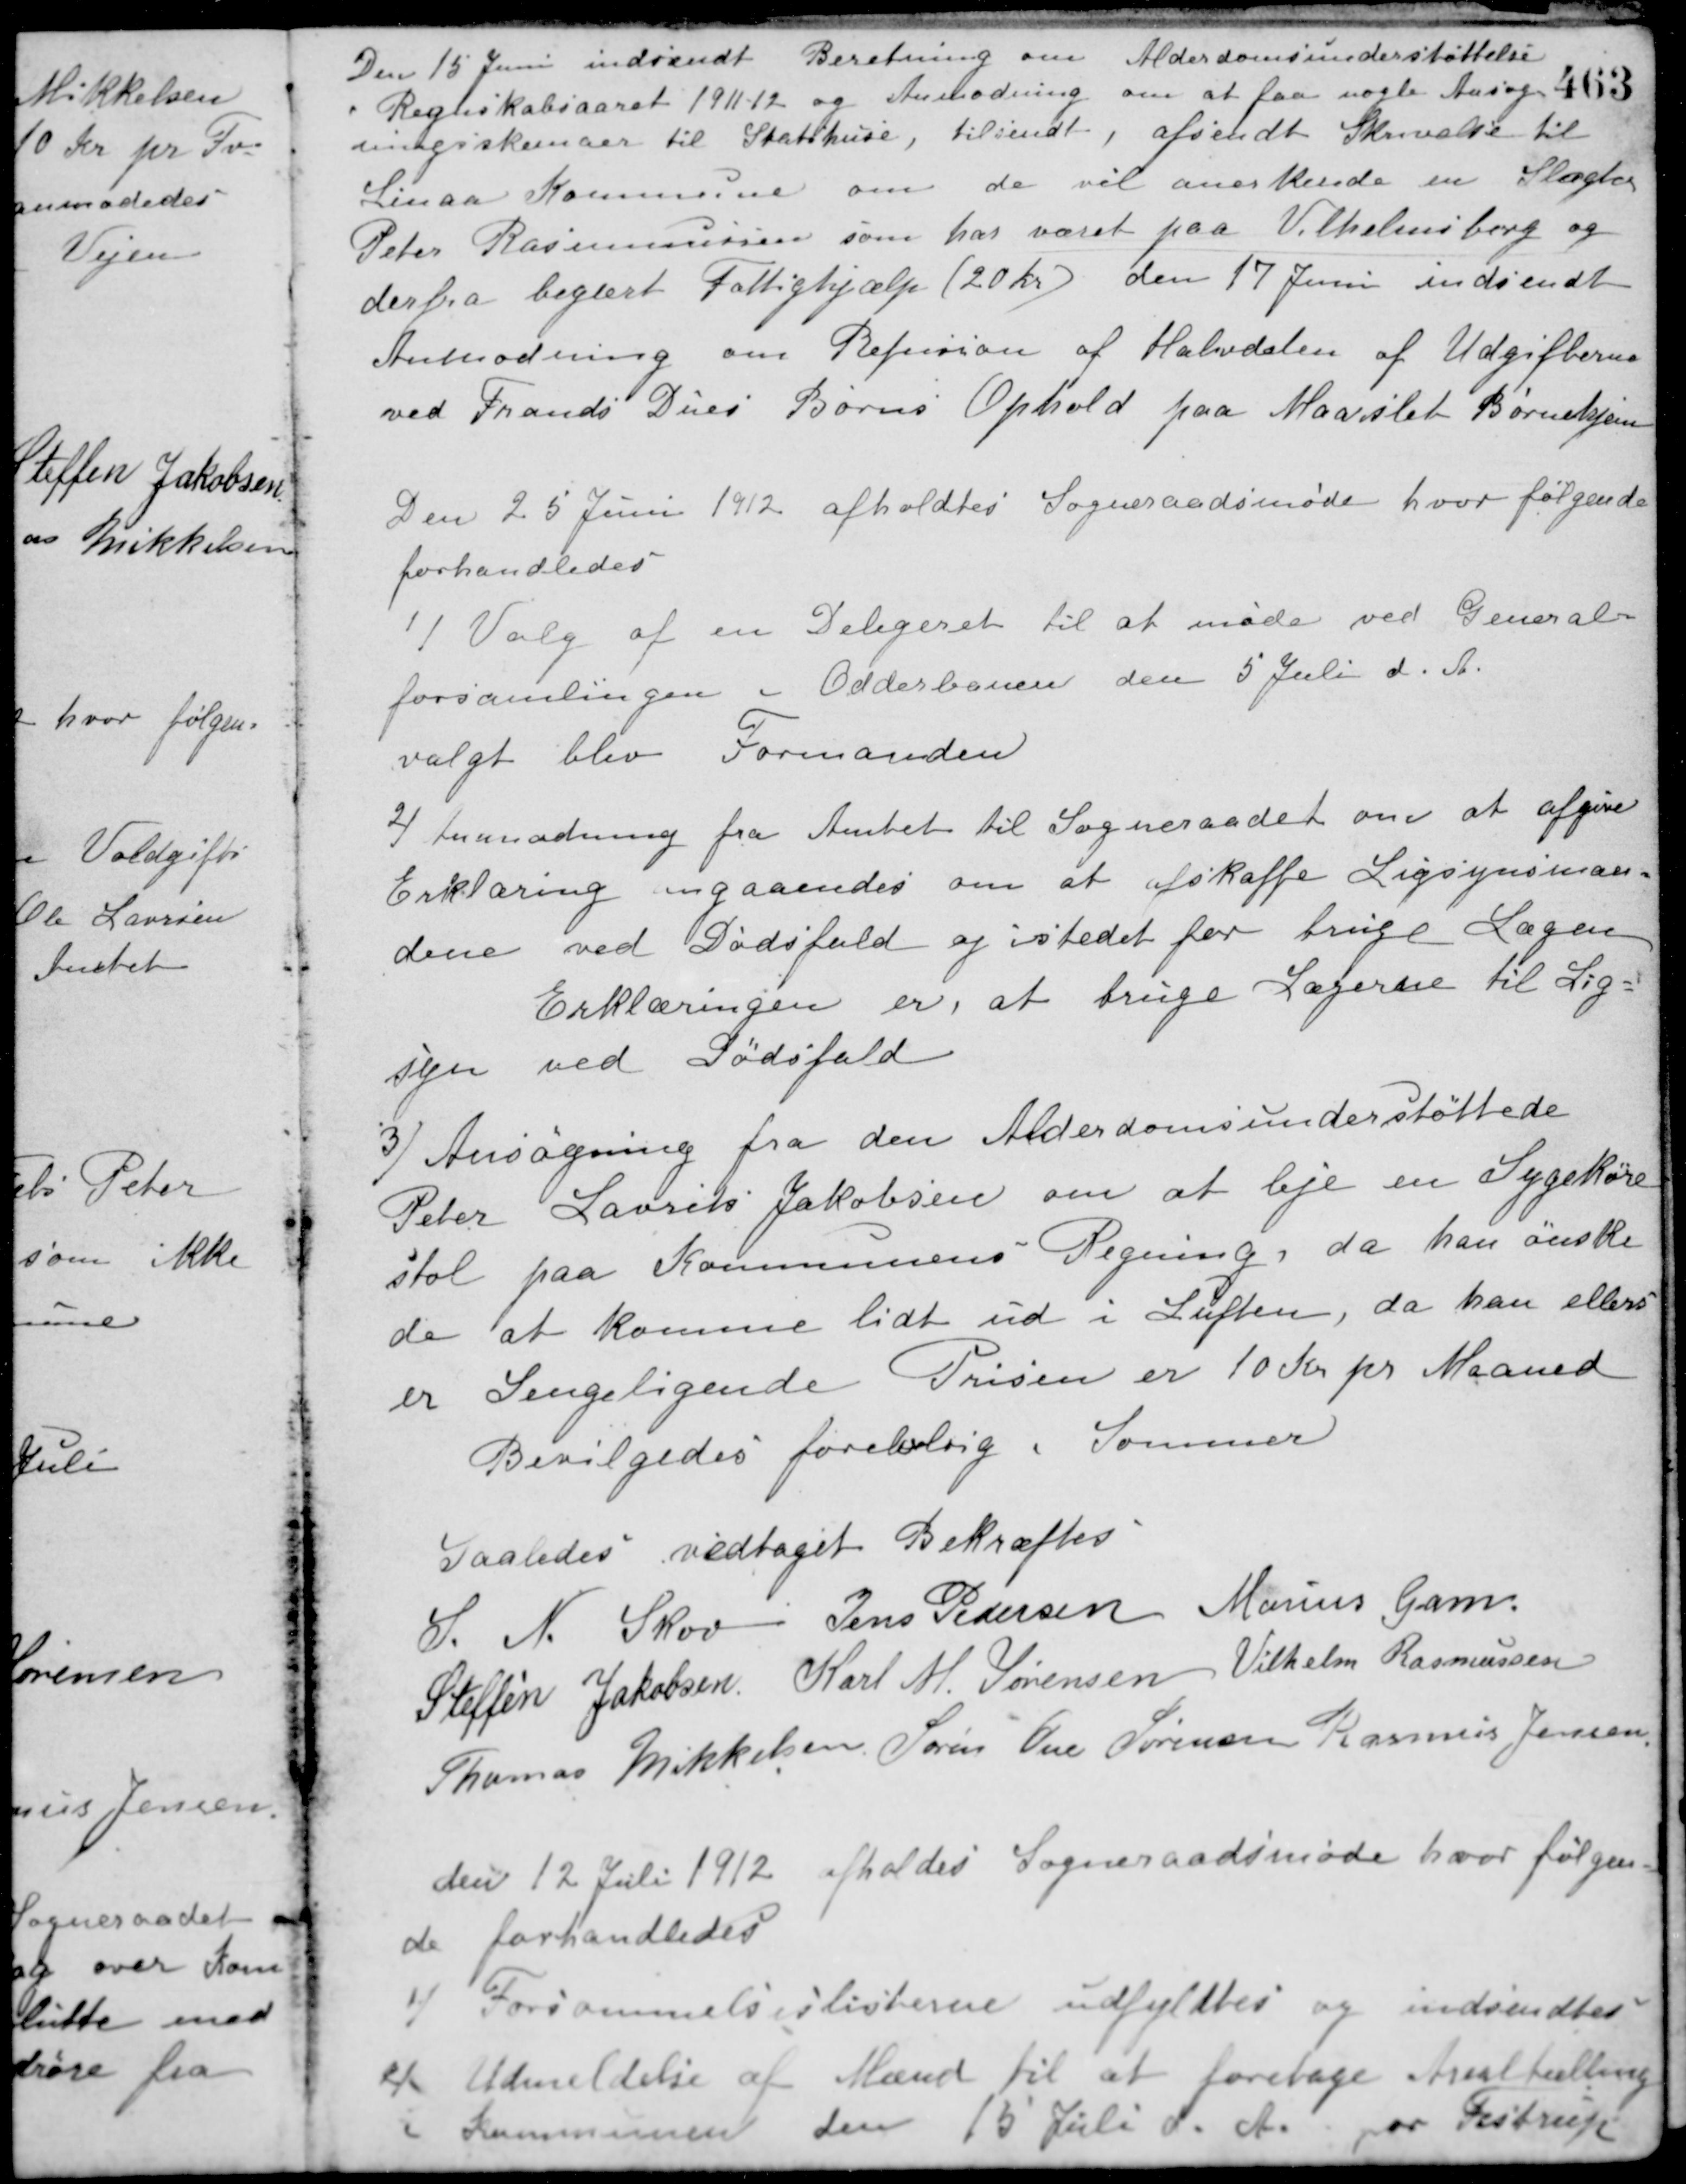
Transskription:
Den 15 Juni indsendt Beretning om Alderdomsunderstøttelse
i Regnskabsaaret 1911-12 og Anmodning om at faa nogle Ansøg-
ningsskemaer til Statshuse, tilsendt, afsendt Skrivelse til
Linaa Kommune om de vil anerkende en Slagter
Peter Rasmussessen som har været paa Vilhelmsborg og
derfra begært Fattighjælp (20 Kr.) den 17 Juni indsendt
Anmodning om Refusion af Halvdelen af Udgifterne
ved Frands Dues Børns Ophold paa Maarslet Børnehjem.
Den 25 Juni 1912 afholdtes Sogneraadsmøde hvor følgende
forhandledes
1/ Valg af en Delegeret til at møde ved General-
forsamlingen i Odderbanen den 5 Juli d. A.
valgt blev Formanden.
2/ Anmodning fra Amtet til Sogneraadet om at afgive
Erklæring angaaendes om at afskaffe Ligsynsmæn-
dene ved Dødsfald og istedet for bruge Lægen.
Erklæringen er, at bruge Lægerne til Lig-
syn ved Dødsfald.
3/ Ansøgning fra den Alderdomsunderstøttede
Peter Laurits Jakobsen om at leje en Sygekøre-
stol paa Kommunens Regning, da han ønske-
de at komme lidt ud i Luften, da han ellers
er Sengeligende. Prisen er 10 Kr. pr. Maaned.
Bevilgedes foreløbig i Sommer.
Saaledes vedtaget Bekræftes
S. N. Skov Jens Pedersen Marius Gam
Steffen Jakobsen Karl M. Sørensen Vilhelm Rasmussen
Thomas Mikkelsen Søren Ove Sørensen Rasmus Jensen
den 12 Juli 1912 afholdes Sogneraadsmøde hvor følgen-
de forhandledes
1/ Forsømmelseslisterne udfyldtes og indsendtes
2/ Udmeldelse af Mænd til at foretage Arealtælling
i Kommunen den 15 Juli d. A. for Testrup